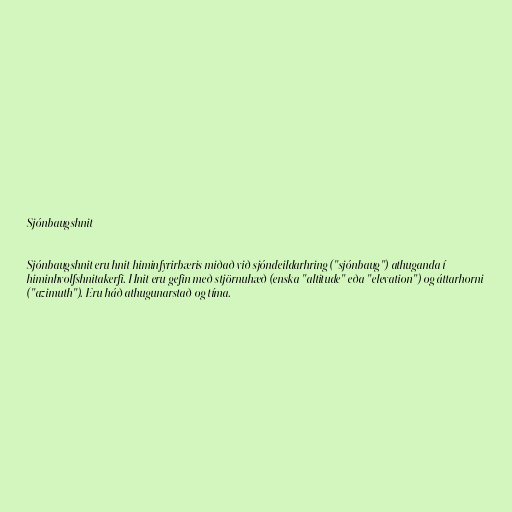
Sjónbaugshnit

Sjónbaugshnit eru hnit himinfyrirbæris miðað við sjóndeildarhring ("sjónbaug") athuganda í
himinhvolfshnitakerfi. Hnit eru gefin með stjörnuhæð (enska "altitude" eða "elevation") og áttarhorni
("azimuth"). Eru háð athugunarstað og tíma.